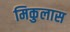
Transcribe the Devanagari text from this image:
मिकुलास